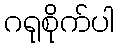
ဂရုစိုက်ပါ